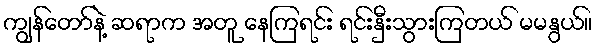
ကျွန်တော်နဲ့ ဆရာက အတူ နေကြရင်း ရင်းနှီးသွားကြတယ် မမနွယ်။